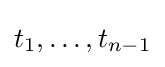
t_{1},\ldots ,t_{n-1}